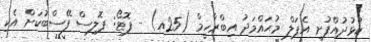
ކުޅުދުއްފުށި އެޕަލް މުޙައްމަދު އިބްރާހީމް (25އ) - ފޮޓޯ: ޕޮލިސް ފޭސްބުކަށް އެކި